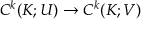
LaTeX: C ^ { k } ( K ; U ) \to C ^ { k } ( K ; V )